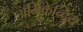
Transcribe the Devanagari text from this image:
अभिकेन्द्रिय